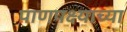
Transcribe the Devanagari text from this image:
पाणपक्ष्याच्या